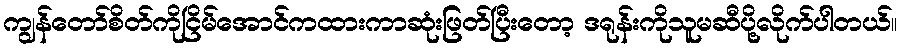
ကျွန်တော်စိတ်ကိုငြိမ်အောင်ကထားကာဆုံးဖြတ်ပြီးတော့ ဒရုန်းကိုသူမဆီပို့လိုက်ပါတယ်။